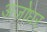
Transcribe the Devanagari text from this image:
अजोधर